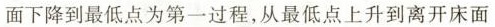
面下降到最低点为第一过程，从最低点上升到离开床面